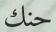
حنك